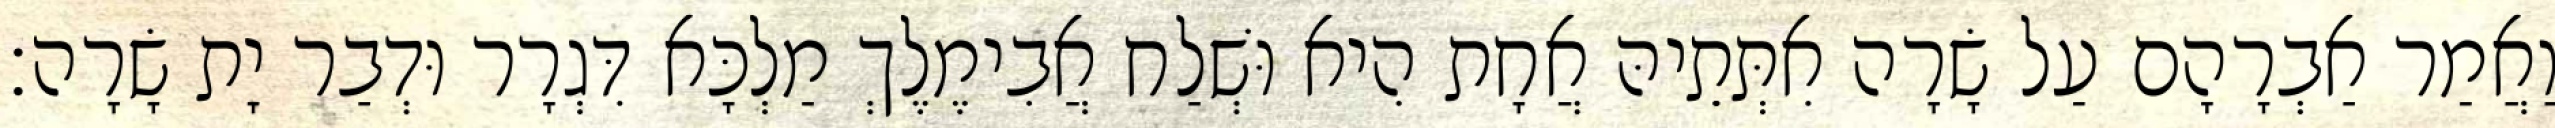
וַאֲמַר אַבְרָהָם עַל שָׂרָה אִתְּתֵיהּ אֲחָת הִיא וּשְׁלַח אֲבִימֶלֶךְ מַלְכָּא דִּגְרָר וּדְבַר יָת שָׂרָה׃